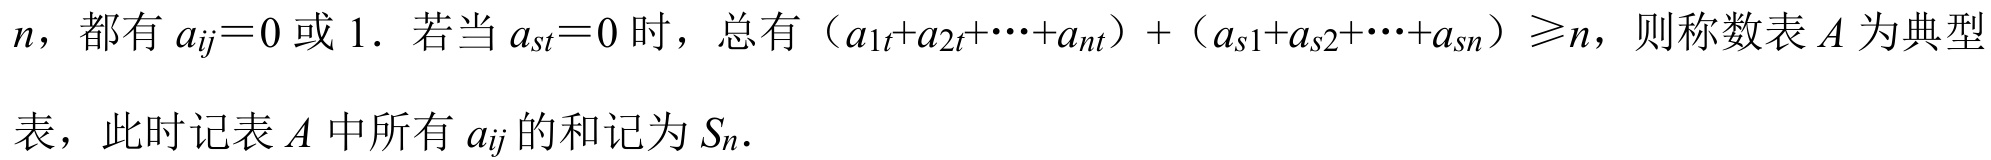
\(n\)，都有 \(a_{ij}=0\) 或 \(1\)．若当 \(a_{st}=0\) 时，总有 \((a_{1t}+a_{2t}+\cdots +a_{nt})+(a_{s1}+a_{s2}+\cdots +a_{sn})\geq n\)，则称数表 \(A\) 为典型
表，此时记表 \(A\) 中所有 \(a_{ij}\) 的和记为 \(S_{n}\)．